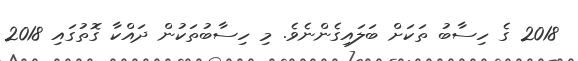
2018 ގެ ހިސާބު ތަކަށް ބަލައިގެންނެވެ. މި ހިސާބުތަކުން ދައްކާ ގޮތުގައި 2018